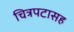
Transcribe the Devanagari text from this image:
चित्रपटासह